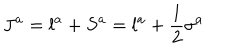
J ^ { a } = l ^ { a } + S ^ { a } = l ^ { a } + { \frac { 1 } { 2 } } \sigma ^ { a }